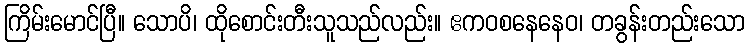
ကြိမ်းမောင်ပြီ။ သောပိ၊ ထိုစောင်းတီးသူသည်လည်း။ ဧကဝစနေနေဝ၊ တခွန်းတည်းသော